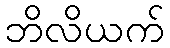
ဘိလိယက်